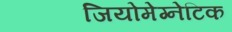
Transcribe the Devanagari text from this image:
जियोमेग्नेटिक